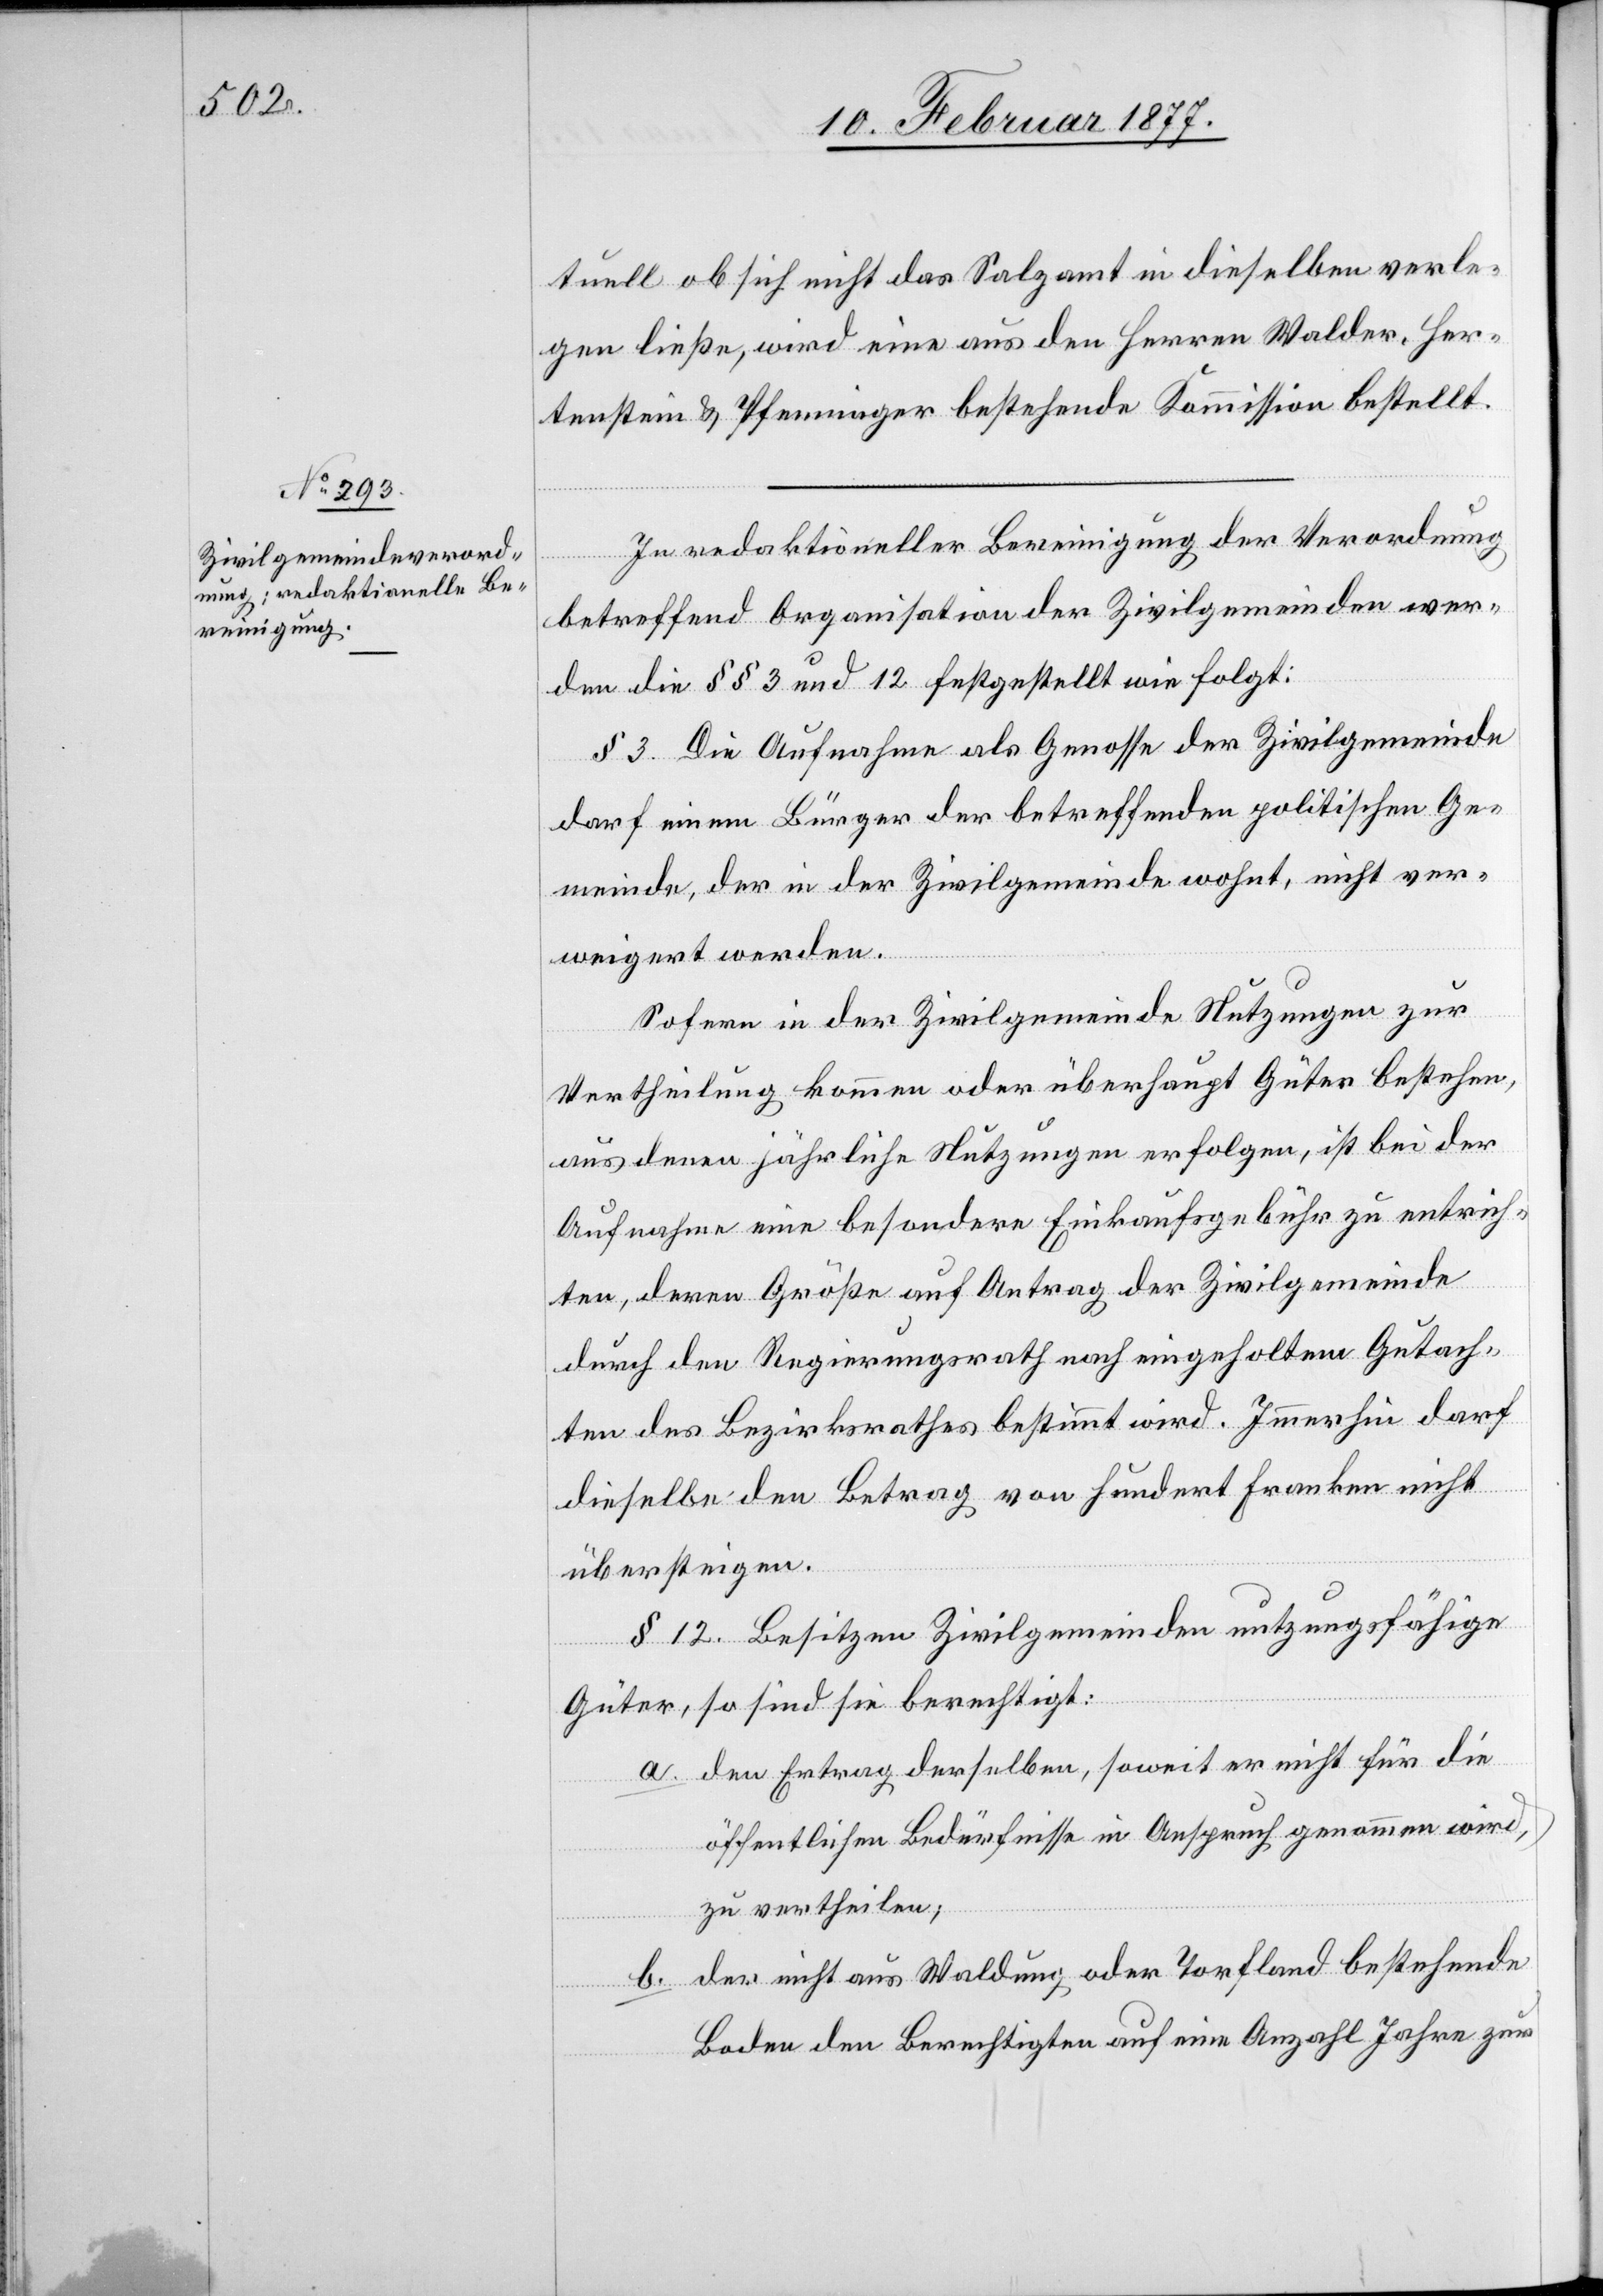
tuell ob sich nicht das Salzamt in dieselben verle¬
gen ließe, wird eine aus den Herren Walder, Her¬
tenstein & Pfenninger bestehende Kommission bestellt.
In redaktioneller Bereinigung der Verordnung
betreffend Organisation der Zivilgemeinden wer¬
den die §§ 3 und 12 festgestellt wie folgt:
§ 3. Die Aufnahme als Genosse der Zivilgemeinde
darf einem Bürger der betreffenden politischen Ge¬
meinde, der in der Zivilgemeinde wohnt, nicht ver¬
weigert werden.
Sofern in der Zivilgemeinde Nutzungen zur
Vertheilung kommen oder überhaupt Güter bestehen,
aus denen jährliche Nutzungen erfolgen, ist bei der
Aufnahme eine besondere Einkaufsgebühr zu entrich¬
ten, deren Größe auf Antrag der Zivilgemeinde
durch den Regierungsrath nach eingeholtem Gutach¬
ten des Bezirksrathes bestimmt wird. Immerhin darf
dieselbe den Betrag von hundert Franken nicht
übersteigen.
§ 12. Besitzen Zivilgemeinden nutzungsfähige
Güter, so sind sie berechtigt:
a. den Ertrag derselben, soweit er nicht für die
öffentlichen Bedürfnisse in Anspruch genommen wird,
zu vertheilen;
der nicht aus Waldung oder Torfland bestehende
b.
Boden den Berechtigten auf eine Anzahl Jahre zur